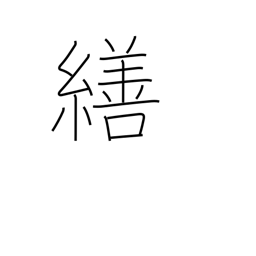
Meaning: adjust